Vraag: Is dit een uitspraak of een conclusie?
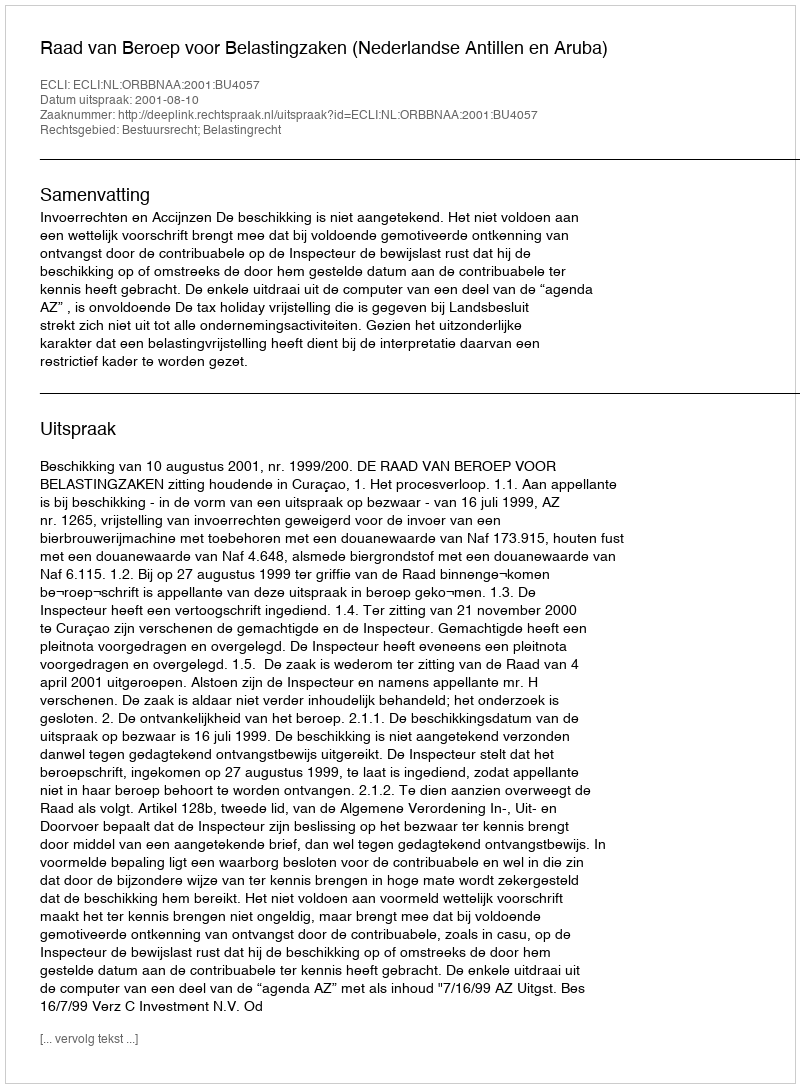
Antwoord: Uitspraak